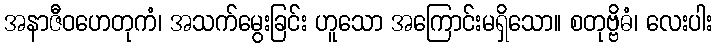
အနာဇီဝဟေတုကံ၊ အသက်မွေးခြင်း ဟူသော အကြောင်းမရှိသော။ စတုဗ္ဗိဓံ၊ လေးပါး